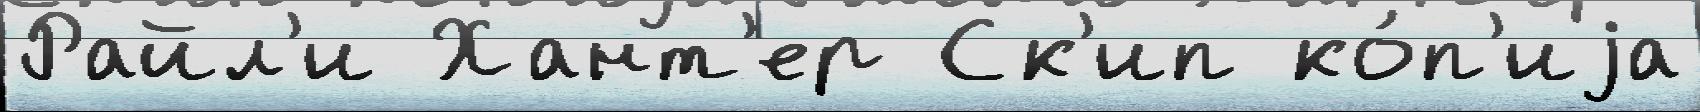
Райл'и Хант'ер Ск'ип ко́п'иjа